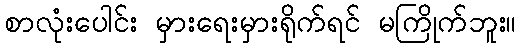
စာလုံးပေါင်း မှားရေးမှားရိုက်ရင် မကြိုက်ဘူး။